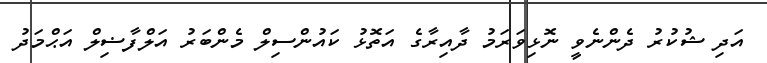
އަދި ޝުކުރު ދެންނެވީ ނޮޅިވަރަމު ދާއިރާގެ އަތޮޅު ކައުންސިލް މެންބަރު އަލްފާޟިލް އަޙްމަދު